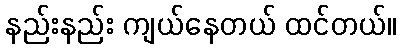
နည်းနည်း ကျယ်နေတယ် ထင်တယ်။